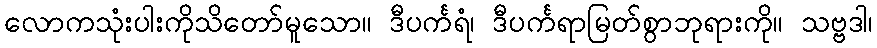
လောကသုံးပါးကိုသိတော်မူသော။ ဒီပင်္ကရံ၊ ဒီပင်္ကရာမြတ်စွာဘုရားကို။ သဗ္ဗဒါ၊